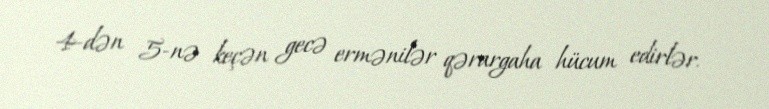
4-dən 5-nə keçən gecə ermənilər qərargaha hücum edirlər.